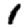
Digit: 1